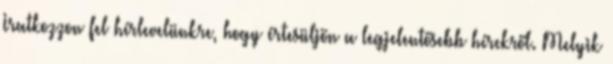
Iratkozzon fel hírlevelünkre, hogy értesüljön a legjelentősebb hírekről. Melyik